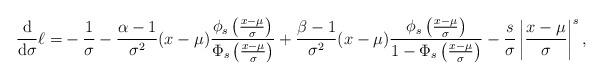
LaTeX: \begin{align*}\frac{\mathrm{d}}{\mathrm{d}\sigma}\ell=&-\frac{1}{\sigma}-\frac{\alpha-1}{\sigma^2}(x-\mu)\frac{\phi_s\left(\frac{x-\mu}{\sigma}\right)}{\Phi_s\left(\frac{x-\mu}{\sigma}\right)}+\frac{\beta-1}{\sigma^2}(x-\mu)\frac{\phi_s\left(\frac{x-\mu}{\sigma}\right)}{1-\Phi_s\left(\frac{x-\mu}{\sigma}\right)}-\frac{s}{\sigma}\left|\frac{x-\mu}{\sigma}\right|^s,\end{align*}